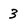
Character: 3